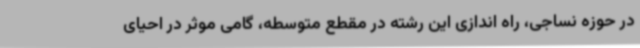
در حوزه نساجی، راه اندازی این رشته در مقطع متوسطه، گامی موثر در احیای